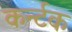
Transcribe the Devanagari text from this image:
कर्न्टक